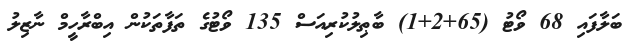
ބަލާފައި 68 ވޯޓު (65+2+1) ބާޠިލުކުރިއަސް 135 ވޯޓުގެ ތަފާތަކުން އިބްރާހީމް ނާޒިލު